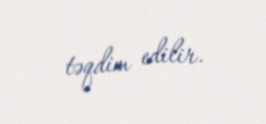
təqdim edilir.